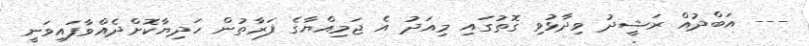
--- އަބްދުއް ރަޝީދު ވިދާޅުވި ގޮތުގައި މިއަދު އެ ޖަމިއްޔާގެ ފަރާތުން ހަދިޔާކޮށްދެއްވާފައިވަނީ